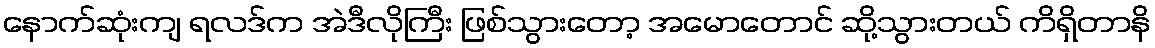
နောက်ဆုံးကျ ရလဒ်က အဲဒီလိုကြီး ဖြစ်သွားတော့ အမောတောင် ဆို့သွားတယ် ကိရှိတာနိ